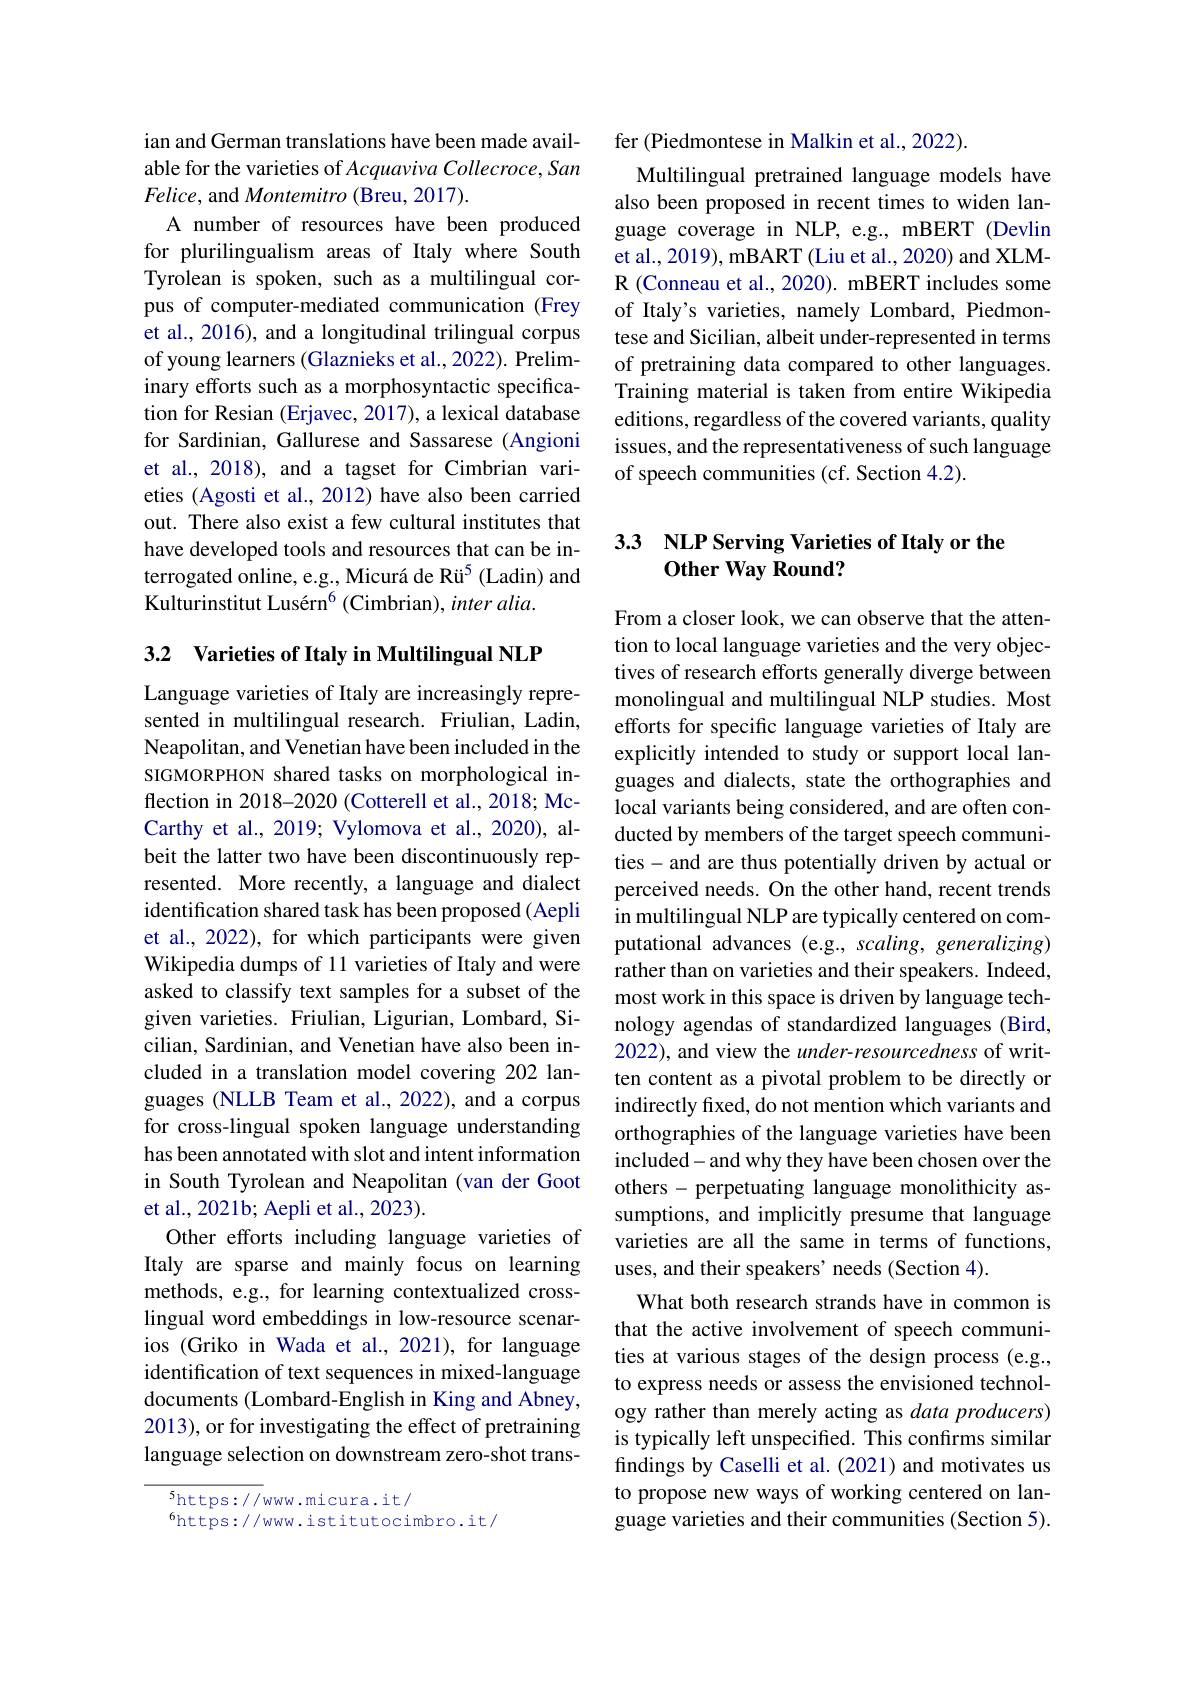
ian and German translations have been made available for the varieties of Acquaviva Collecroce, San Felice, and Montemitro (Breu, 2017).
A number of resources have been produced for plurilingualism areas of Italy where South Tyrolean is spoken, such as a multilingual corpus of computer-mediated communication (Frey et al., 2016), and a longitudinal trilingual corpus of young learners (Glaznieks et al., 2022). Preliminary efforts such as a morphosyntactic specification for Resian (Erjavec, 2017), a lexical database for Sardinian, Gallurese and Sassarese (Angioni et al., 2018), and a tagset for Cimbrian varieties (Agosti et al., 2012) have also been carried out. There also exist a few cultural institutes that have developed tools and resources that can be interrogated online, e.g., Micurá de Rü$^{5}$ (Ladin) and Kulturinstitut Lusérn$^6($Cimbrian), inter alia.

3.2 Varieties of Italy in Multilingual NLP

Language varieties of Italy are increasingly represented in multilingual research. Friulian, Ladin, Neapolitan, and Venetian have been included in the SIGMORPHON shared tasks on morphological inflection in 2018-2020 (Cotterell et al., 2018; McCarthy et al., 2019; Vylomova et al., 2020), albeit the latter two have been discontinuously represented. More recently, a language and dialect identification shared task has been proposed (Aepli et al., 2022), for which participants were given Wikipedia dumps of 11 varieties of Italy and were asked to classify text samples for a subset of the given varieties. Friulian, Ligurian, Lombard, Sicilian, Sardinian, and Venetian have also been included in a translation model covering 202 languages (NLLB Team et al., 2022), and a corpus for cross-lingual spoken language understanding has been annotated with slot and intent information in South Tyrolean and Neapolitan (van der Goot et al., 2021b; Aepli et al., 2023).
Other efforts including language varieties of Italy are sparse and mainly focus on learning methods, e.g., for learning contextualized crosslingual word embeddings in low-resource scenarios (Griko in Wada et al., 2021), for language identification of text sequences in mixed-language documents (Lombard-English in King and Abney, 2013), or for investigating the effect of pretraining language selection on downstream zero-shot trans-

$^{5}$https://www.micura.it/
$^{6}$https://www.istitutocimbro.it/

fer (Piedmontese in Malkin et al., 2022).
Multilingual pretrained language models have also been proposed in recent times to widen language coverage in NLP, e.g., mBERT (Devlin et al., 2019), mBART (Liu et al., 2020) and XLMR (Conneau et al., 2020). mBERT includes some of Italy's varieties, namely Lombard, Piedmontese and Sicilian, albeit under-represented in terms of pretraining data compared to other languages. Training material is taken from entire Wikipedia editions, regardless of the covered variants, quality issues, and the representativeness of such language of speech communities (cf. Section 4.2).

## 33 NLP Serving Varieties of Italy or the Other Way Round?

From a closer look, we can observe that the attention to local language varieties and the very objectives of research efforts generally diverge between monolingual and multilingual NLP studies. Most efforts for specific language varieties of Italy are explicitly intended to study or support local languages and dialects, state the orthographies and local variants being considered, and are often conducted by members of the target speech communities- and are thus potentially driven by actual or perceived needs. On the other hand, recent trends in multilingual NLP are typically centered on computational advances (e.g., scaling, generalizing) rather than on varieties and their speakers. Indeed, most work in this space is driven by language technology agendas of standardized languages (Bird, 2022), and view the $under-resourcedness$ of written content as a pivotal problem to be directly or indirectly fixed, do not mention which variants and orthographies of the language varieties have been included- and why they have been chosen over the others - perpetuating language monolithicity assumptions, and implicitly presume that language varieties are all the same in terms of functions, uses, and their speakers' needs (Section 4).
What both research strands have in common is that the active involvement of speech communities at various stages of the design process (e.g., to express needs or assess the envisioned technology rather than merely acting as data producers) is typically left unspecified. This confirms similar findings by Caselli et al. (2021) and motivates us to propose new ways of working centered on language varieties and their communities (Section 5).